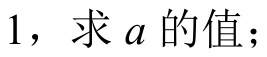
1，求 \(a\) 的值；